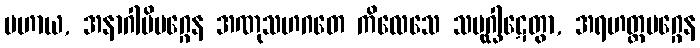
ပဟာယ, အနာဂါမိမဂ္ဂေန အဏုသဟဂတေ ကိလေသေ သမုဂ္ဃါဋေတွာ, အရဟတ္တမဂ္ဂေန